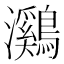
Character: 鸂